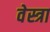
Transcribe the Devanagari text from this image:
वेस्त्रा